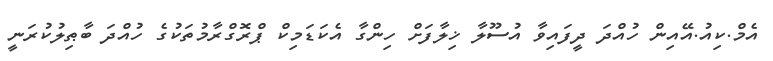
އެމް.ކިއު.އޭއިން ހުއްދަ ދީފައިވާ އުސޫލާ ޚިލާފަށް ހިންގާ އެކަޑަމިކް ޕްރޮގްރާމުތަކުގެ ހުއްދަ ބާޠިލުކުރަނީ